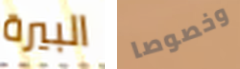
البيرة وخصوصا